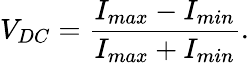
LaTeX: V_{DC}=\frac{I_{max}-I_{min}}{I_{max}+I_{min}}.